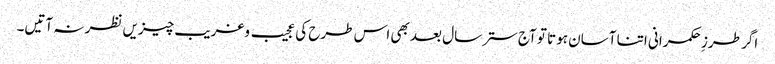
اگر طرزِ حکمرانی اتنا آسان ہوتا تو آج ستر سال بعد بھی اس طرح کی عجیب وغریب چیزیں نظر نہ آتیں۔